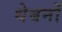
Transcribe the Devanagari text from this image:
थेबनों